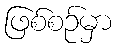
ဖြစ်စဉ်မှာ